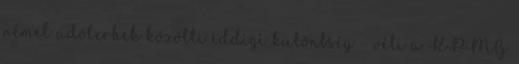
német adóterhek közötti eddigi különbség – véli a KPMG